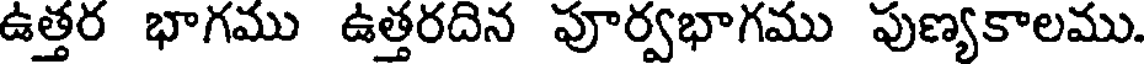
ఉత్తర భాగము ఉత్తరదిన పూర్వభాగము పుణ్యకాలము.